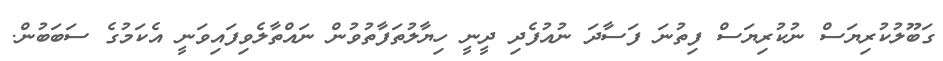
ގަބޫލުކުރިޔަސް ނުކުރިޔަސް ފިތުނަ ފަސާދަ ނުއުފެދި ދީނީ ހިޔާލުތަފާތުވުން ނައްތާލެވިފައިވަނީ އެކަމުގެ ސަބަބުން.